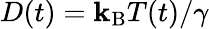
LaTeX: D(t)=\mathbf{k}_{\mathrm{{B}}}T(t)/\gamma